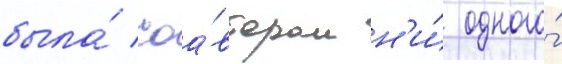
была́ соа́втором н'и́ одного́